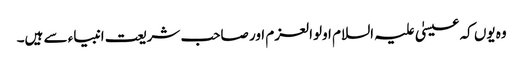
وہ یوں کہ عیسیٰ علیہ السلام اولوالعزم اور صاحب شریعت انبیاء سے ہیں۔